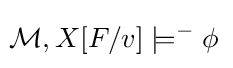
\!{\mathcal {M}},X[F/v]\models ^{-}\phi